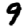
Digit: 9